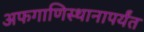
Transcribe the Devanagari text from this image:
अफगाणिस्थानापर्यंत